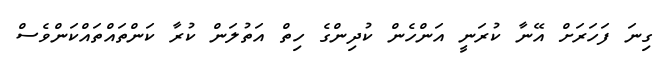
ގިނަ ފަހަރަށް އޭނާ ކުރަނީ އަންހެން ކުދިންގެ ހިތް އަތުލަން ކުރާ ކަންތައްތައްކަންވެސް